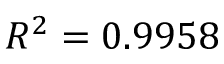
R ^ { 2 } = 0 . 9 9 5 8